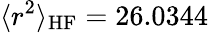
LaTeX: \langle r^{2}\rangle_{\mathrm{HF}}=26.0344